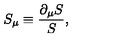
S _ { \mu } \equiv \frac { \partial _ { \mu } S } { S } ,